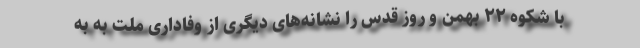
با شکوه ۲۲ بهمن و روز قدس را نشانه‌های دیگری از وفاداری ملت به به